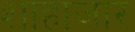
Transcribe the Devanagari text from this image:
शाहाजार